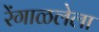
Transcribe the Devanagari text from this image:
रेंगाळलेला